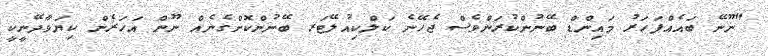
"ނޫނޭ ބައެއްފަހަރު މައިންޑް ބޭނުންކުރަންވެސް ޖެހޭނެ ކަލްކިއުލޭޓަރ ބޭނުންކޮށްގެނެއް ނޫން އަހަރެން ކިޔަވާދޭނީކީ